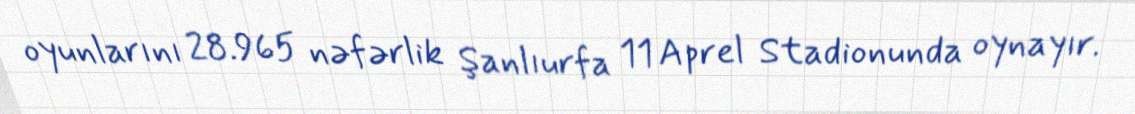
oyunlarını 28.965 nəfərlik Şanlıurfa 11 Aprel Stadionunda oynayır.